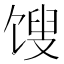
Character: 馊